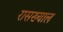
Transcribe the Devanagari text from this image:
रासख्याल